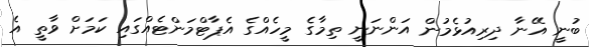
ބުނީ އޭނާ ދިރިއުޅެމުން އަންނަނީ ތިމާގެ މީހެއްގެ އެޕާޓްމަންޓެއްގައި ކަމަށް ވާތީ އެ